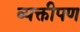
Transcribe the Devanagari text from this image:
व्यक्तीपण